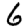
Digit: 6